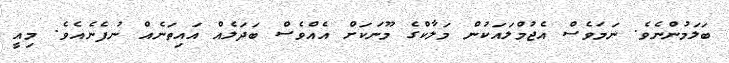
ބަލަމުންނެވެ. ނަމަވެސް އެޖުމްލައަކުން މަލާކްގެ މޫނަކަށް އެއްވެސް ބަދަލެއް އައިތަނެއް ނުފެނެއެވެ. މިއީ